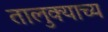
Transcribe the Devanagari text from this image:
तालुक्याच्य